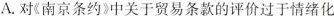
A.对《南京条约》中关于贸易条款的评价过于情绪化